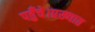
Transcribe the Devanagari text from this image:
पहुँचे।प्रख्यात